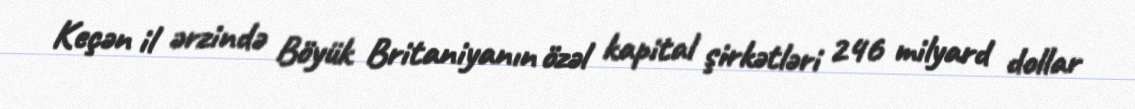
Keçən il ərzində Böyük Britaniyanın özəl kapital şirkətləri 246 milyard dollar